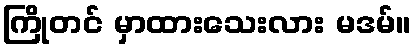
ကြိုတင် မှာထားသေးလား မဒမ်။